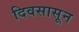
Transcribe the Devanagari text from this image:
दिवसासून